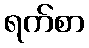
ရက်စာ